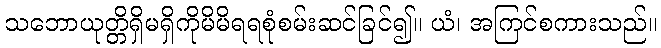
သဘောယုတ္တိရှိမရှိကိုမိမိရရစုံစမ်းဆင်ခြင်၍။ ယံ၊ အကြင်စကားသည်။